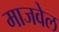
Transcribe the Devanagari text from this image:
माजवेल